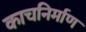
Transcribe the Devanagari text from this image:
काचनिर्माण